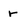
Character: r